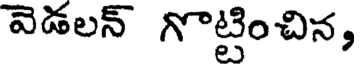
వెడలన్ గొట్టించిన,